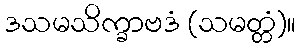
ဒသမသိက္ခာဗဒံ (သမတ္တံ)။